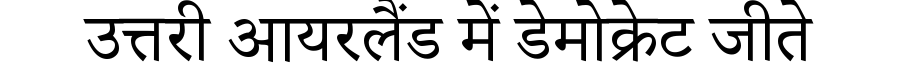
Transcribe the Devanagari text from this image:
उत्तरी आयरलैंड में डेमोक्रेट जीते